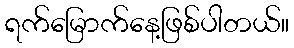
ရက်မြောက်နေ့ဖြစ်ပါတယ်။